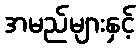
အမည်များနှင့်